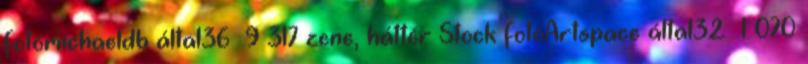
fotómichaeldb által36 9 317 zene, háttér Stock fotóArtspace által32 1 070